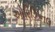
ઓરિઝિનલ